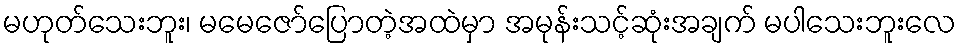
မဟုတ်သေးဘူး၊ မမေဇော်ပြောတဲ့အထဲမှာ အမုန်းသင့်ဆုံးအချက် မပါသေးဘူးလေ